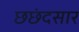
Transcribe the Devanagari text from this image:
छछंदसार